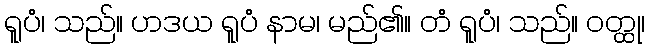
ရူပံ၊ သည်။ ဟဒယ ရူပံ နာမ၊ မည်၏။ တံ ရူပံ၊ သည်။ ဝတ္ထု၊